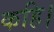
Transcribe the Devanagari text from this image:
कहि।